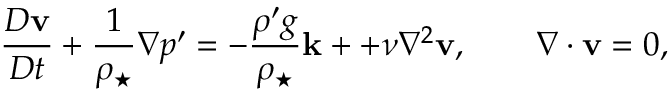
\frac { D { \bf v } } { D t } + \frac { 1 } { \rho _ { \star } } \nabla p ^ { \prime } = - \frac { \rho ^ { \prime } g } { \rho _ { \star } } { \bf k } + + \nu \nabla ^ { 2 } { \bf v } , \qquad \nabla \cdot { \bf v } = 0 ,